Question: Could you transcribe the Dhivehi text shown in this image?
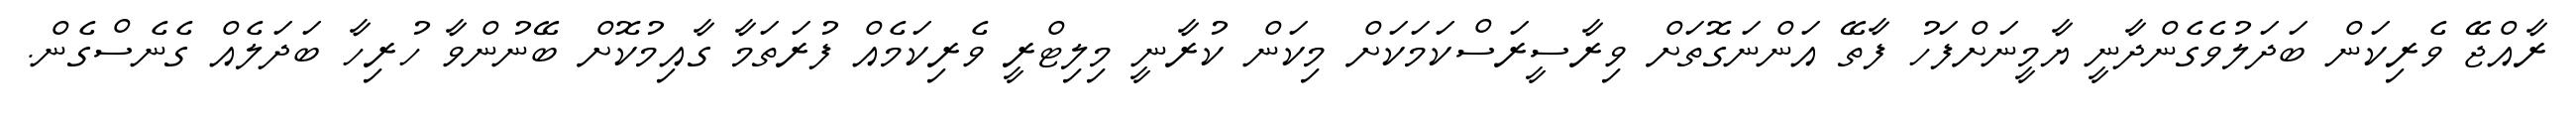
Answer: ރާއްޖޭ ވެރިކަން ބަދަލުވެގެންދާނީ ޔާމީނަށްފަހު ފާތޭ އަންނަގޮތަށް ވިރާސީރަސްކަމަކަށް މިކަން ކުރާނީ މިލިޓްރީ ވެރިކަމެއް ފުރަތަމާ ގާއިމުކޮށް ބޭނުންވާ ހުރިހާ ބަދަލެއް ގެނެސްގެން.